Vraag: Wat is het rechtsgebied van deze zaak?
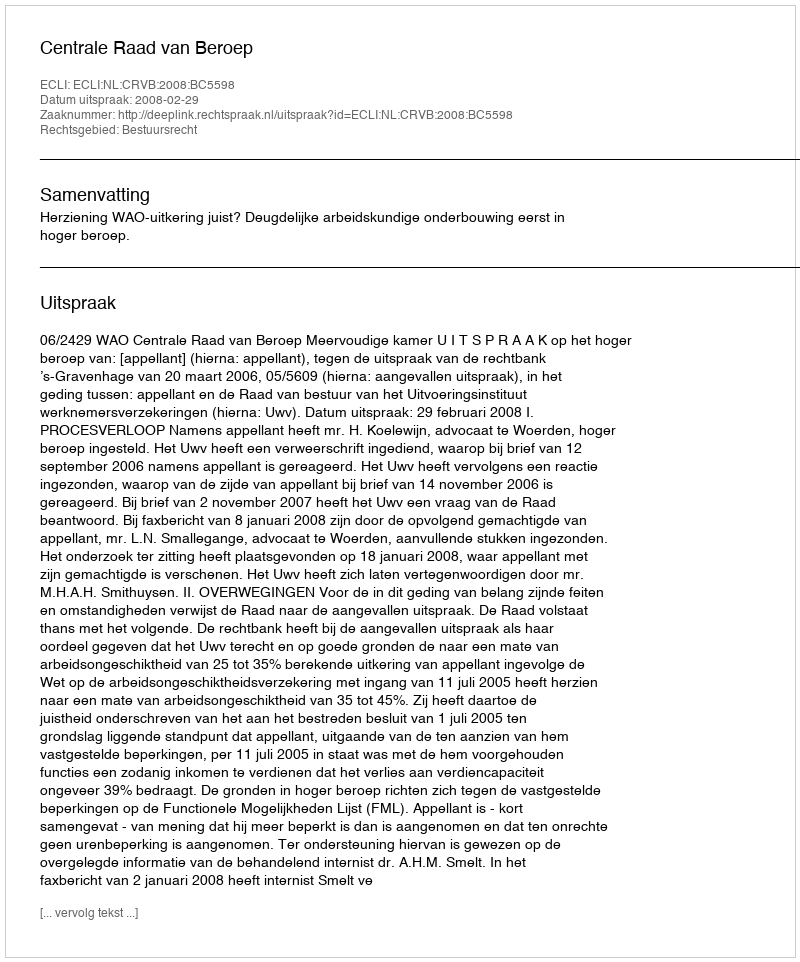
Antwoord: Bestuursrecht